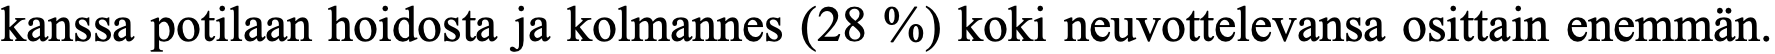
kanssa potilaan hoidosta ja kolmannes (28 %) koki neuvottelevansa osittain enemmän.